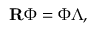
\mathbf { R } \Phi = \Phi \Lambda ,